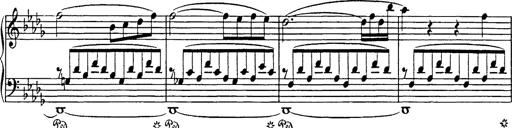
Title: Consolations
Composer: Franz Liszt